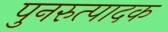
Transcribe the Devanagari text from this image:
पुनरुत्‍पादक